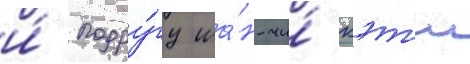
и́ подру́гу ша́н-чи́ кэт'и